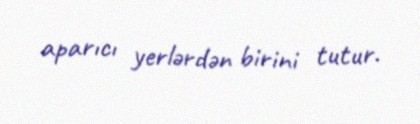
aparıcı yerlərdən birini tutur.